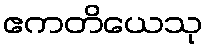
ဧကတိယေသု